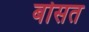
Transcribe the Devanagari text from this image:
बोसत